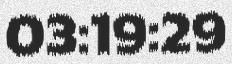
03:19:29